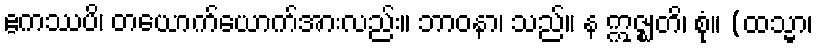
ဧကဿပိ၊ တယောက်ယောက်အားလည်း။ ဘာဝနာ၊ သည်။ န ဣဇ္ဈတိ၊ စုံ။ (ထသ္မာ၊